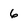
Character: 6